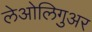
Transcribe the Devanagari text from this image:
लेओलिगुअर